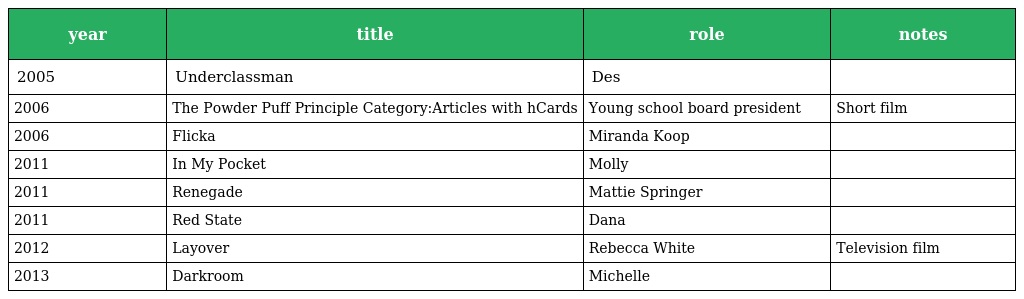
| year | title | role | notes |
 | --- | --- | --- | --- |
 | 2005 | Underclassman | Des |  |
 | 2006 | The Powder Puff Principle Category:Articles with hCards | Young school board president | Short film |
 | 2006 | Flicka | Miranda Koop |  |
 | 2011 | In My Pocket | Molly |  |
 | 2011 | Renegade | Mattie Springer |  |
 | 2011 | Red State | Dana |  |
 | 2012 | Layover | Rebecca White | Television film |
 | 2013 | Darkroom | Michelle |  |